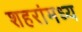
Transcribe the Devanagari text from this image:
शहरांमध्य